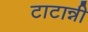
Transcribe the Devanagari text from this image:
टाटान्नी